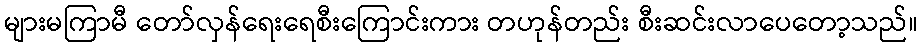
များမကြာမီ တော်လှန်ရေးရေစီးကြောင်းကား တဟုန်တည်း စီးဆင်းလာပေတော့သည်။